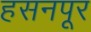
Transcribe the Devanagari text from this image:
हसनपूर